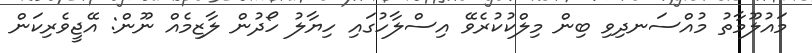
މައުލޫމާތު މުއްސަނދިވި ބިން މިލްކުކުރެވޭ އިސްލާހުގައި ހިޔާލު ހޯދުން ލާޒިމެއް ނޫން: އޭޖީވެރިކަން